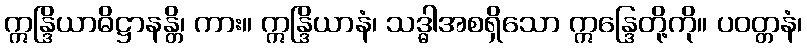
ဣန္ဒြိယာဓိဋ္ဌာနန္တိ၊ ကား။ ဣန္ဒြိယာနံ၊ သဒ္ဓါအစရှိသော ဣန္ဒြေတို့ကို။ ပဝတ္တနံ၊